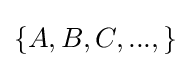
\{A,B,C,...,\}